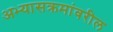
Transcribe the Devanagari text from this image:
अभ्यासक्रमांवरील